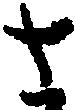
さ